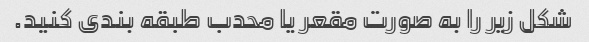
شکل زیر را به صورت مقعر یا محدب طبقه بندی کنید.